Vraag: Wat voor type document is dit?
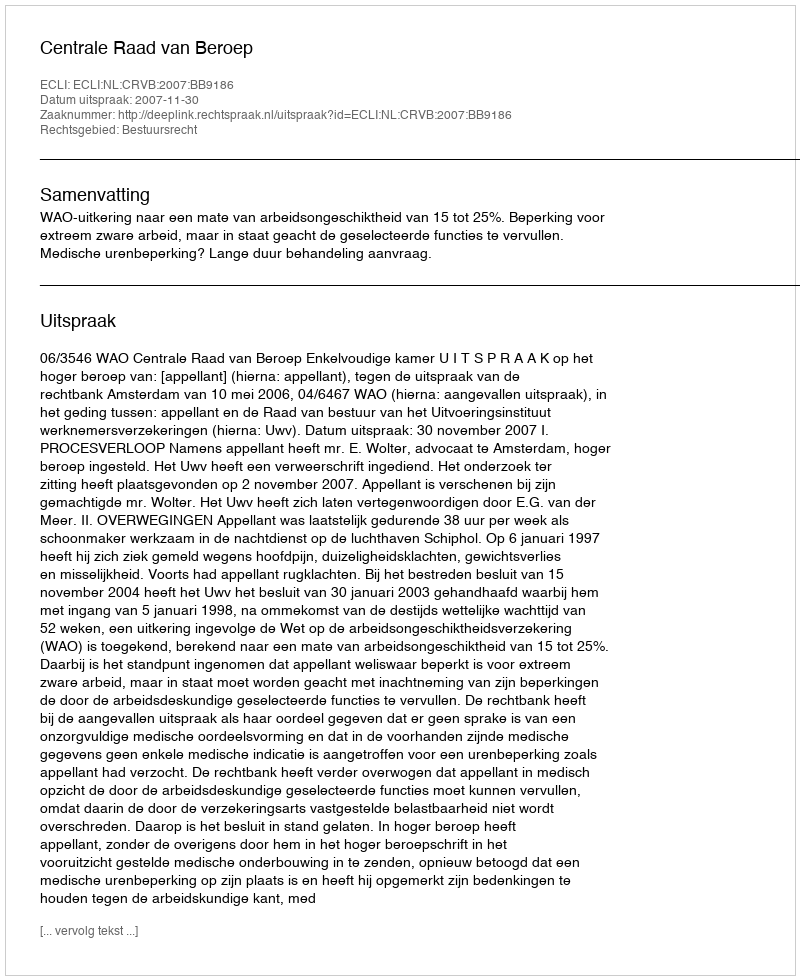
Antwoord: Uitspraak